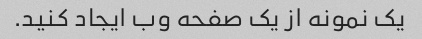
یک نمونه از یک صفحه وب ایجاد کنید.